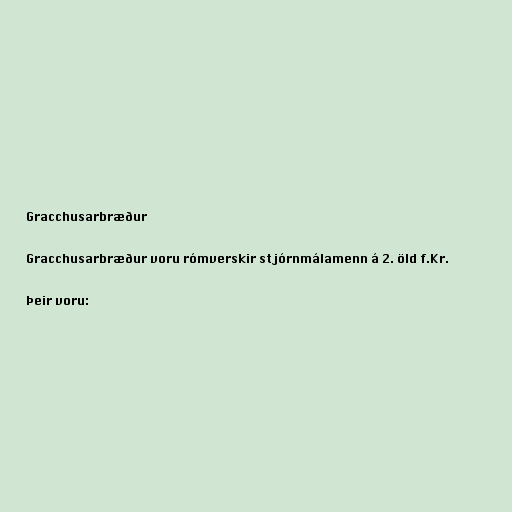
Gracchusarbræður

Gracchusarbræður voru rómverskir stjórnmálamenn á 2. öld f.Kr.

Þeir voru: